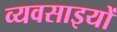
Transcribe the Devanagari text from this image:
व्यवसाइयों